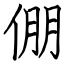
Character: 倗